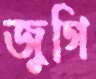
জুগি